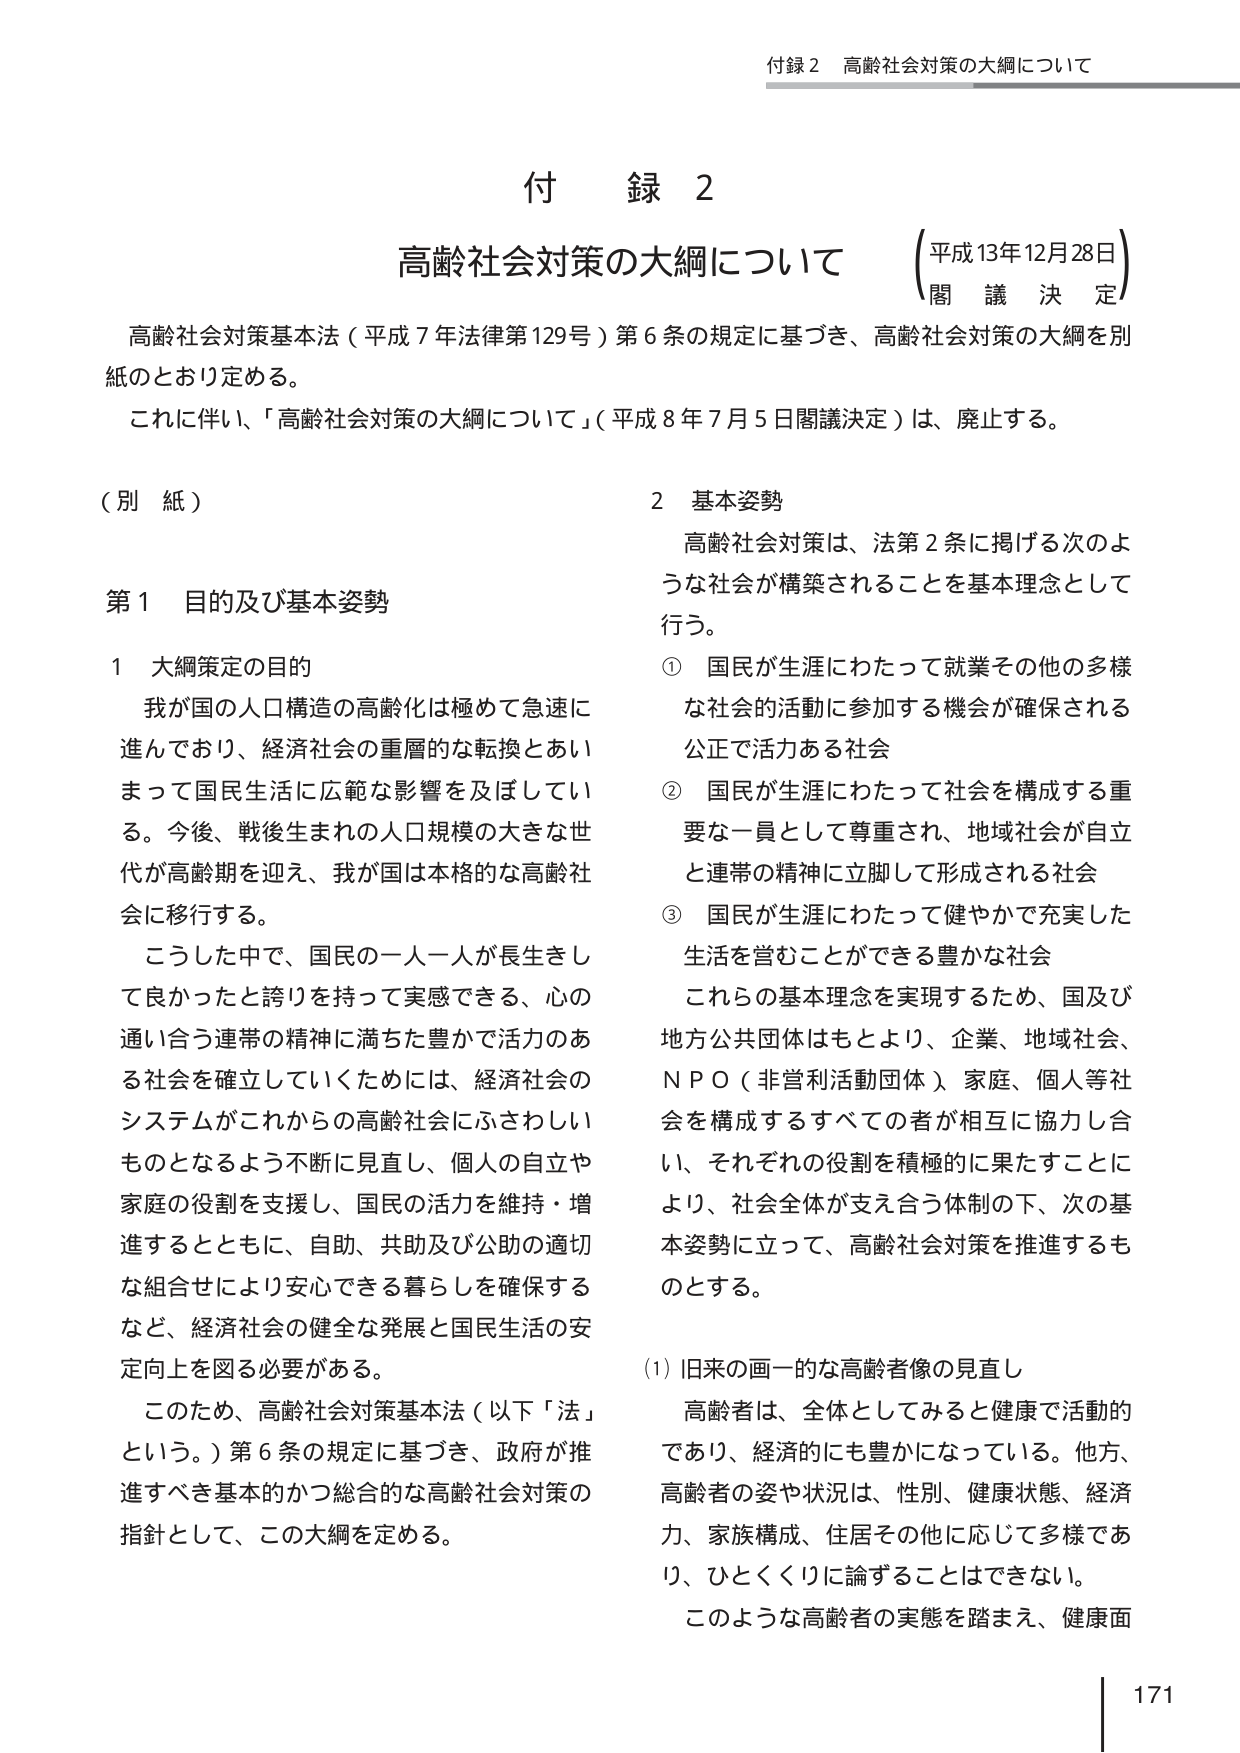
付録２ 高齢社会対策の大綱について
（平成13年12月28日）
閣議決定

高齢社会対策基本法（平成7年法律第129号）第6条の規定に基づき、高齢社会対策の大綱を別紙のとおり定める。
これに伴い、「高齢社会対策の大綱について」（平成8年7月5日閣議決定）は、廃止する。

（別紙）

第1 目的及び基本姿勢

1 大綱策定の目的
我が国の人口構造の高齢化は極めて急速に進んでおり、経済社会の重層的な転換とあいまって国民生活に広範な影響を及ぼしている。今後、戦後生まれの人口規模の大きな世代が高齢期を迎え、我が国は本格的な高齢社会に移行する。
こうした中で、国民の一人一人が長生きして良かったと誇りを持って実感できる、心の通い合う連帯の精神に満ちた豊かで活力のある社会を確立していくためには、経済社会のシステムがこれからの高齢社会にふさわしいものとなるよう不断に見直し、個人の自立や家庭の役割を支援し、国民の活力を維持・増進するとともに、自助、共助及び公助の適切な組合せにより安心できる暮らしを確保するなど、経済社会の健全な発展と国民生活の安定向上を図る必要がある。
このため、高齢社会対策基本法（以下「法」という。）第6条の規定に基づき、政府が推進すべき基本的かつ総合的な高齢社会対策の指針として、この大綱を定める。

2 基本姿勢
高齢社会対策は、法第2条に掲げる次のような社会が構築されることを基本理念として行う。
① 国民が生涯にわたって就業その他の多様な社会的活動に参加する機会が確保される公正で活力ある社会
② 国民が生涯にわたって社会を構成する重要な一員として尊重され、地域社会が自立と連帯の精神に立脚して形成される社会
③ 国民が生涯にわたって健やかで充実した生活を営むことができる豊かな社会
これらの基本理念を実現するため、国及び地方公共団体はもとより、企業、地域社会、NPO（非営利活動団体）、家庭、個人等社会を構成するすべての者が相互に協力し合い、それぞれの役割を積極的に果たすことにより、社会全体が支え合う体制の下、次の基本姿勢に立って、高齢社会対策を推進するものとする。

(1) 旧来の画一的な高齢者像の見直し
高齢者は、全体としてみると健康で活動的であり、経済的にも豊かになっている。他方、高齢者の姿や状況は、性別、健康状態、経済力、家族構成、住居その他に応じて多様であり、ひとくくりに論ずることはできない。
このような高齢者の実態を踏まえ、健康面

171